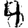
Digit: 4